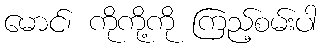
မောင်၊ ကိုကို့ကို ကြည့်စမ်းပါ